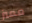
مميز